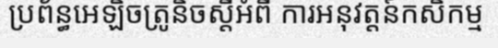
ប្រព័ន្ធអេឡិចត្រូនិចស្តីអំពី ការអនុវត្តន៍កសិកម្ម